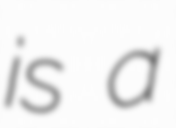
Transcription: is a